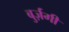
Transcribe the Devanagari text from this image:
बुर्ज़गी